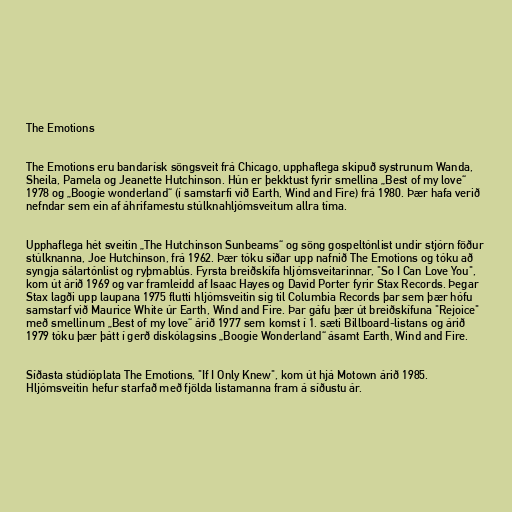
The Emotions

The Emotions eru bandarísk söngsveit frá Chicago, upphaflega skipuð systrunum Wanda,
Sheila, Pamela og Jeanette Hutchinson. Hún er þekktust fyrir smellina „Best of my love“
1978 og „Boogie wonderland“ (í samstarfi við Earth, Wind and Fire) frá 1980. Þær hafa verið
nefndar sem ein af áhrifamestu stúlknahljómsveitum allra tíma.

Upphaflega hét sveitin „The Hutchinson Sunbeams“ og söng gospeltónlist undir stjórn föður
stúlknanna, Joe Hutchinson, frá 1962. Þær tóku síðar upp nafnið The Emotions og tóku að
syngja sálartónlist og ryþmablús. Fyrsta breiðskífa hljómsveitarinnar, "So I Can Love You",
kom út árið 1969 og var framleidd af Isaac Hayes og David Porter fyrir Stax Records. Þegar
Stax lagði upp laupana 1975 flutti hljómsveitin sig til Columbia Records þar sem þær hófu
samstarf við Maurice White úr Earth, Wind and Fire. Þar gáfu þær út breiðskífuna "Rejoice"
með smellinum „Best of my love“ árið 1977 sem komst í 1. sæti Billboard-listans og árið
1979 tóku þær þátt í gerð diskólagsins „Boogie Wonderland“ ásamt Earth, Wind and Fire.

Síðasta stúdíóplata The Emotions, "If I Only Knew", kom út hjá Motown árið 1985.
Hljómsveitin hefur starfað með fjölda listamanna fram á síðustu ár.